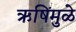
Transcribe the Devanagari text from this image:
ऋषिंमुळे